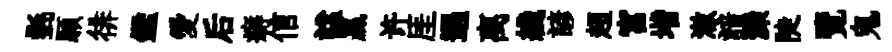
㲲願徘鑑愛后癖信諡贏许厓遇离綫諺超宫堦澈諳灤陡覽鬼